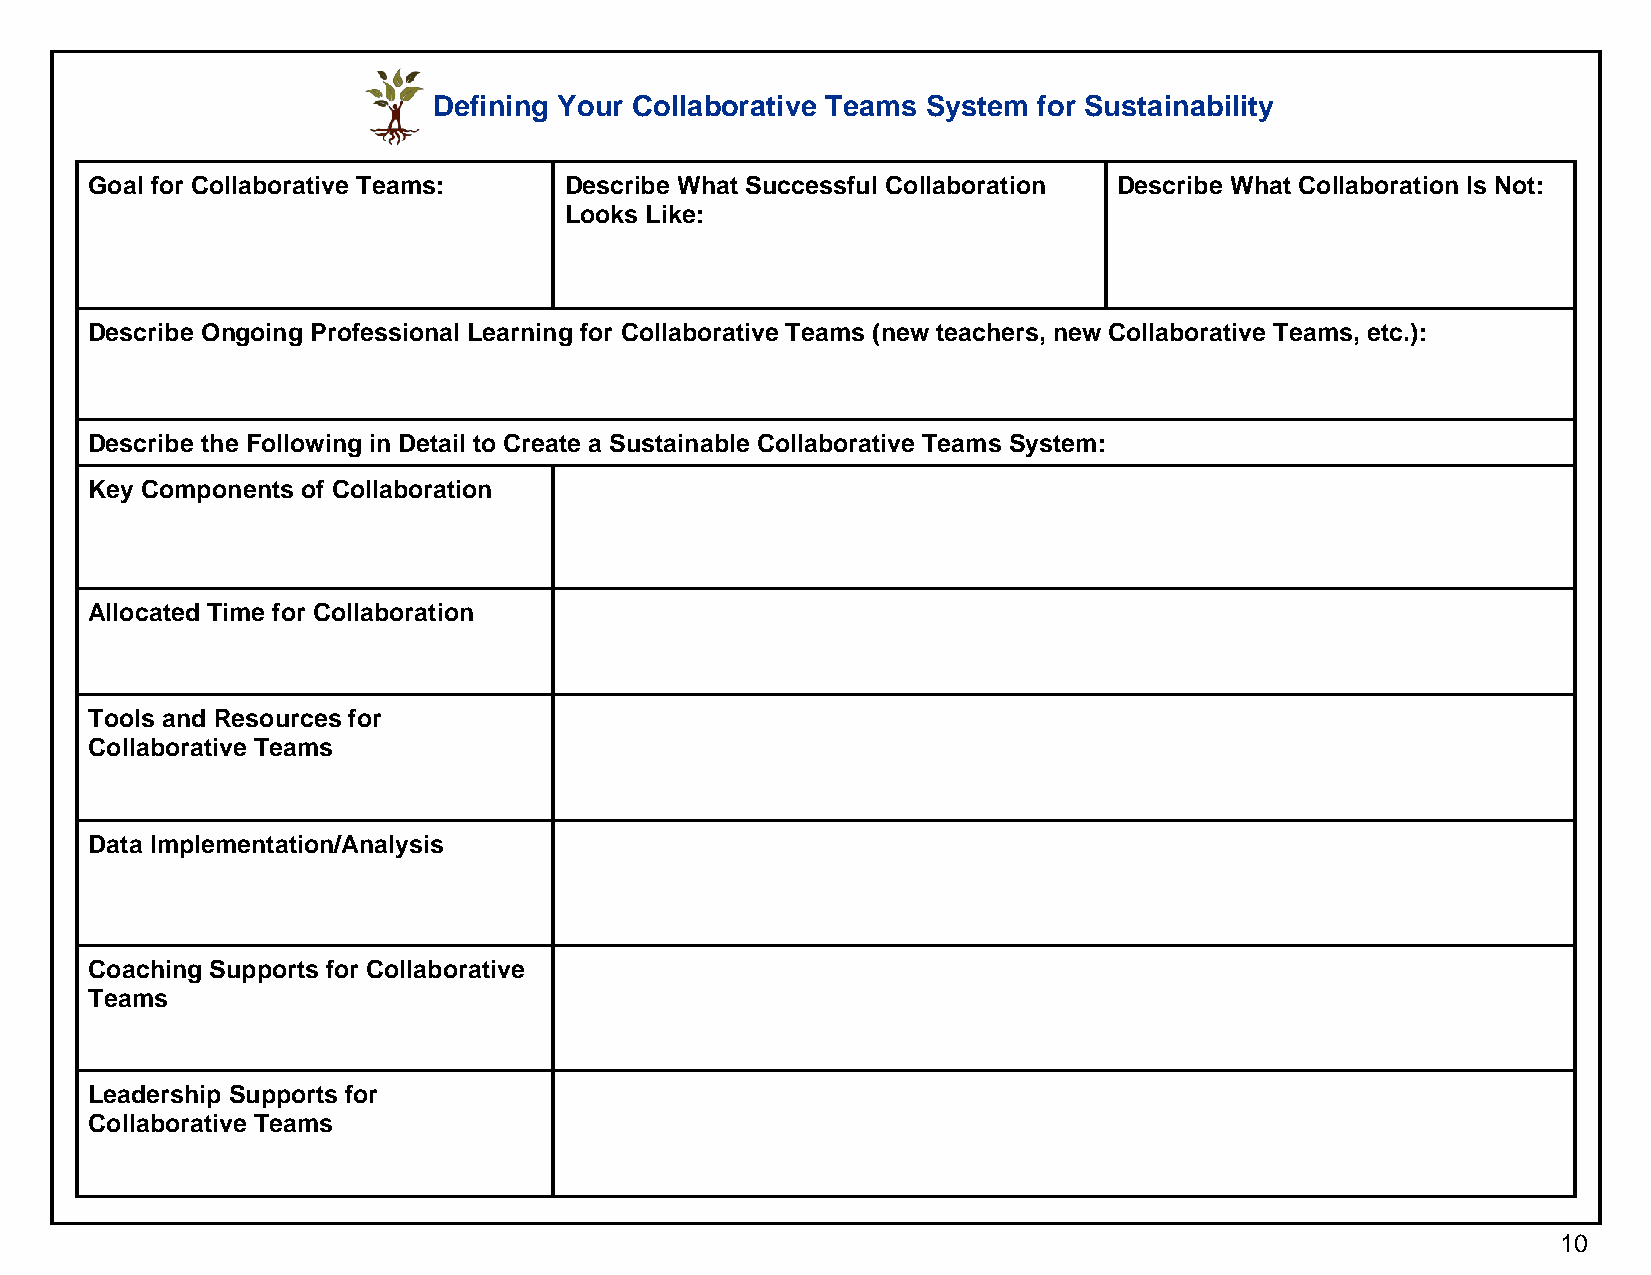
Defining Your Collaborative Teams System for Sustainability
 Goal for Collaborative Teams:  Describe What Successful Collaboration Describe What Collaboration Is Not:
 Looks Like:
 Describe Ongoing Professional Learning for Collaborative Teams (new teachers, new Collaborative Teams, etc.):
 Describe the Following in Detail to Create a Sustainable Collaborative Teams System:
 Key Components of Collaboration
 Allocated Time for Collaboration
 Tools and Resources for
 Collaborative Teams
 Data Implementation/Analysis
 Coaching Supports for Collaborative
 Teams
 Leadership Supports for
 Collaborative Teams
 10